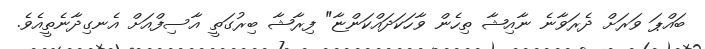
ބައްޕަ ވަރަށް ދެރަވާނެ ނާއިޝާ ތިހެން ވާހަކަދައްކަންޏާ" ފިރާޝާ ބިރުގަތީ އާސިފްއަށް އެނގިދާނެތީއެވެ.